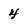
Character: 4